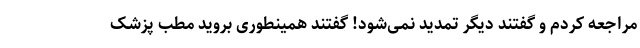
مراجعه کردم و گفتند دیگر تمدید نمی‌شود! گفتند همینطوری بروید مطب پزشک